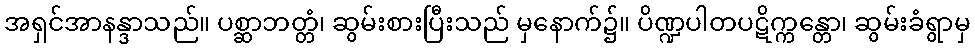
အရှင်အာနန္ဒာသည်။ ပစ္ဆာဘတ္တံ၊ ဆွမ်းစားပြီးသည် မှနောက်၌။ ပိဏ္ဍပါတပဋိက္ကန္တော၊ ဆွမ်းခံရွာမှ